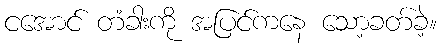
ငအောင် တံခါးကို အပြင်ကနေ သော့ခတ်ခဲ့။